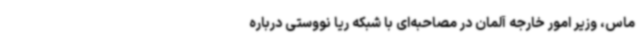
ماس، وزیر امور خارجه آلمان در مصاحبه‌ای با شبکه ریا نووستی درباره